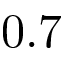
0 . 7